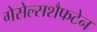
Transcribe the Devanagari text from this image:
गेसेल्सशैफटेन